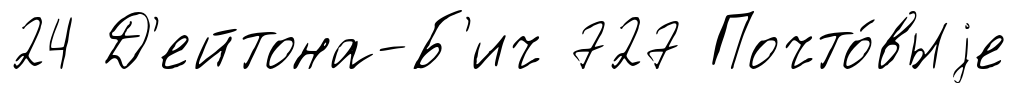
24 Д'ейтона-Б'ич 727 Почто́выjе